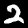
Label: 2